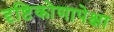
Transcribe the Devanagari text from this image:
दृष्टिकोणापेक्षा